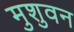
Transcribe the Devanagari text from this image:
मुशुवन